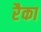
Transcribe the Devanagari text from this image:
रैका